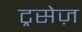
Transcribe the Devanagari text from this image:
ट्रसेज़